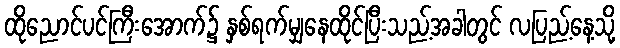
ထိုညောင်ပင်ကြီးအောက်၌ နှစ်ရက်မျှနေထိုင်ပြီးသည့်အခါတွင် လပြည့်နေ့သို့